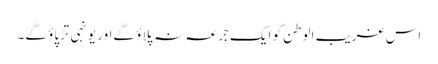
اس غریب الوطن کو ایک جُرعہ نہ پلاؤ گےاور یونہی تڑپاؤ گے۔